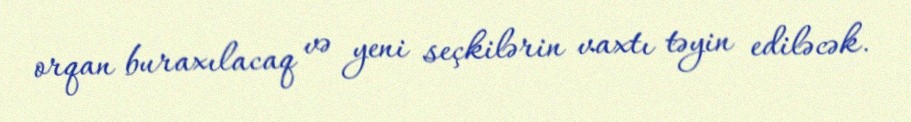
orqan buraxılacaq və yeni seçkilərin vaxtı təyin ediləcək.